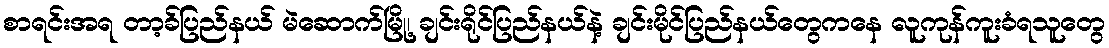
စာရင်းအရ တာ့ခ်ပြည်နယ် မဲဆောက်မြို့၊ ချင်းရိုင်ပြည်နယ်နဲ့ ချင်းမိုင်ပြည်နယ်တွေကနေ လူကုန်ကူးခံရသူတွေ